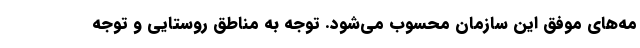
مه‌های موفق این سازمان محسوب می‌شود. توجه به مناطق روستایی و توجه